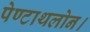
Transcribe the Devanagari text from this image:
पेण्टाथलोन।